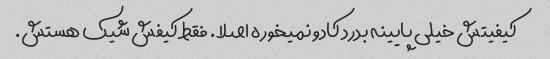
کیفیتش خیلی پایینه بدرد کادو نمیخوره اصلا. فقط کیفش شیک هستش.